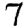
Digit: 7